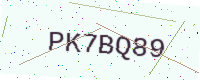
Text: PK7BQ89